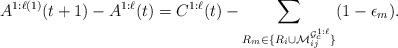
LaTeX: \begin{align*}A^{1:\ell(1)}(t+1) - A^{1:\ell}(t) = C^{1:\ell}(t) - \sum_{R_m \in \{R_i \cup \mathcal M_{ij}^{\mathcal G_c^{1:\ell}} \} } (1-\epsilon_m).\end{align*}